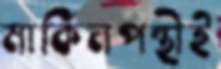
মার্কিনপন্থীই